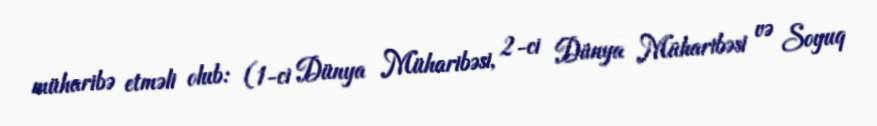
müharibə etməli olub: (1-ci Dünya Müharibəsi, 2-ci Dünya Müharibəsi və Soyuq